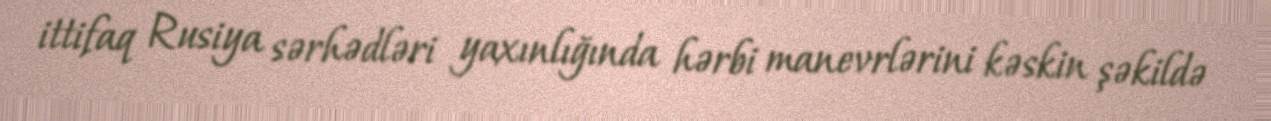
ittifaq Rusiya sərhədləri yaxınlığında hərbi manevrlərini kəskin şəkildə